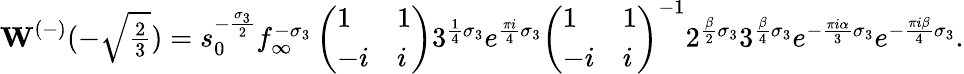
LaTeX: \mathbf{W}^{(-)}(-\textstyle\sqrt{\frac{2}{3}})=s_{0}^{-\frac{\sigma_{3}}{2}}f_{\infty}^{-\sigma_{3}}\left(\begin{array}{ll}{1}&{1}\\ {-i}&{i}\end{array}\right)3^{\frac{1}{4}\sigma_{3}}e^{\frac{\pi i}{4}\sigma_{3}}\left(\begin{array}{ll}{1}&{1}\\ {-i}&{i}\end{array}\right)^{-1}2^{\frac{{\beta}}{2}\sigma_{3}}3^{\frac{{\beta}}{4}\sigma_{3}}e^{-\frac{\pi i\alpha}{3}\sigma_{3}}e^{-\frac{\pi i{\beta}}{4}\sigma_{3}}.